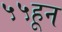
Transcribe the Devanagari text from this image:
५५हून